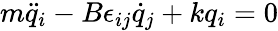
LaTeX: m\ddot{q}_{i}-B\epsilon_{ij}\dot{q}_{j}+kq_{i}=0